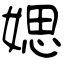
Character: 媤